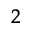
^ 2